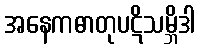
အနေကဓာတုပဋိသမ္ဘိဒါ